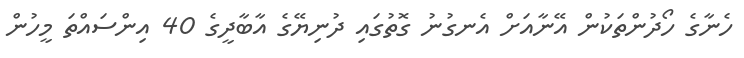
ހެނާގެ ހޯދުންތަކުން އޭނާއަށް އެނގުނު ގޮތުގައި ދުނިޔޭގެ އާބާދީގެ 40 އިންސައްތަ މީހުން